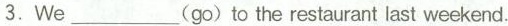
3.We___(go)to the restaurant last weekend.